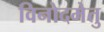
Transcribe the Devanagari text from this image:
विनोदमेतु